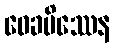
ဝေခမိဿေန